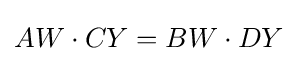
AW\cdot CY=BW\cdot DY